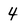
Character: 4